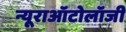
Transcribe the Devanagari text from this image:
न्यूराऑटोलॉजी